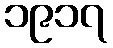
၁၉၁၇